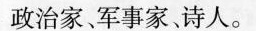
政治家,军事家,诗人。